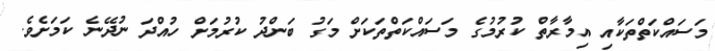
މަސައްކަތްތަކާއި އިމާރާތް ކުރުމުގެ މަސައްކަތްތަކަށް މަގު ބަންދު ކުރުމަށް ހުއްދަ ނުދޭނެ ކަމަށެވެ.